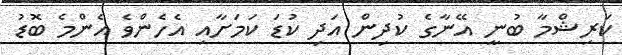
ކަރިޝްމާ ބުނީ އޭނާގެ ކުދިން އަދި ކުޑަ ކަމަށާއި އެހެންވެ އެންމެ ބޮޑު